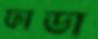
ফাডা